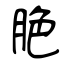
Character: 脃